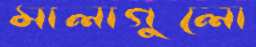
মালাগুলো